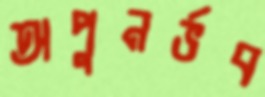
অপুনর্ভব